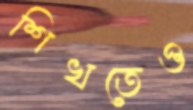
শিখতেও